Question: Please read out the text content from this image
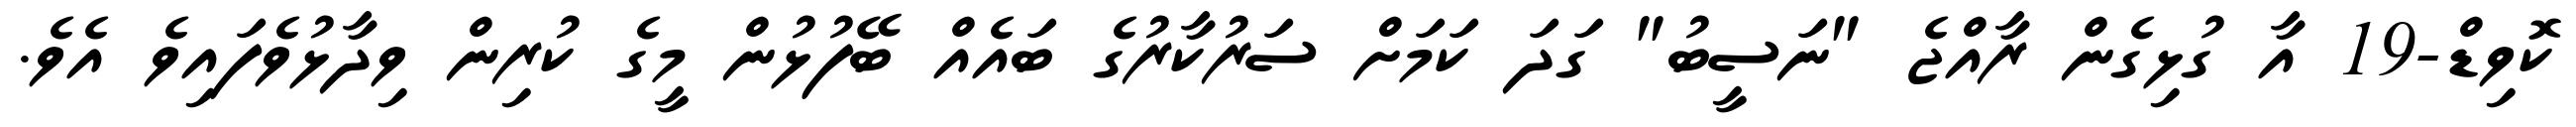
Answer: ކޮވިޑް-19 އާ ގުޅިގެން ރާއްޖެ "ނަސީބު" ގަދަ ކަމަށް ސަރުކާރުގެ ބައެއް ބޭފުޅުން މީގެ ކުރިން ވިދާޅުވެފައިވެ އެވެ.